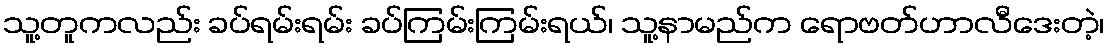
သူ့တူကလည်း ခပ်ရမ်းရမ်း ခပ်ကြမ်းကြမ်းရယ်၊ သူ့နာမည်က ရောဗတ်ဟာလီဒေးတဲ့၊